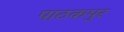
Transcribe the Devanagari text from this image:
पाठकपुर